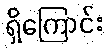
ရှိကြောင်း